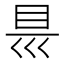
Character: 𭾡